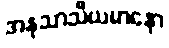
အနုသာသီယမာနော